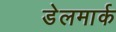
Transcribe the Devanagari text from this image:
डेलमार्क